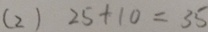
( 2 ) 2 5 + 1 0 = 3 5